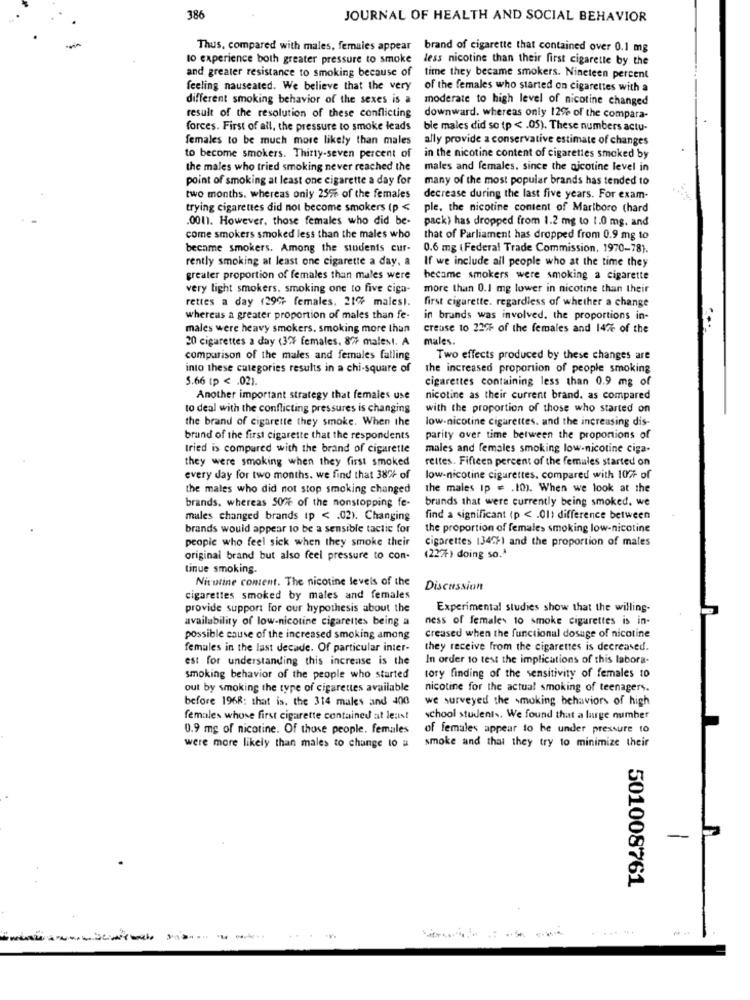
386
JOURNAL OF HEALTH AND SOCIAL BEHAVIOR
Thus, compared with males, females appear brand of cigarette that contained over 0.1 mg
to experience both greater pressure to smoke
less nicotine than their first cigarette by the
and greater resistance to smoking because of time they became smokers. Nineteen percent
feeling nauseated. We believe that the very
of the females who started on cigarettes with a
different smoking behavior of the sexes is a
moderate to high level of nicotine changed
result of the resolution of these conflicting
downward. whereas only 12% of the compara-
forces. First of all, the pressure to smoke leads
ble males did so (p < . 05). These numbers actu-
females to be much more likely than males
ally provide a conservative estimate of changes
to become smokers. Thirty-seven percent of
in the nicotine content of cigarettes smoked by
the males who tried smoking never reached the
males and females, since the ajcotine level in
point of smoking at least one cigarette a day for
many of the most popular brands has tended to
two months, whereas only 25% of the females
decrease during the last five years. For exam-
trying cigarettes did not become smokers (p <
ple, the nicotine content of Marlboro (hard
.001). However, those females who did be-
pack) has dropped from 1.2 mg to 1.0 mg. and
come smokers smoked less than the males who
that of Parliament has dropped from 0.9 mg to
became smokers. Among the students cur-
0.6 mg (Federal Trade Commission, 1970-78).
rently smoking at least one cigarette a day, a
If we include all people who at the time they
greater proportion of females than males were
became smokers were smoking a cigarette
very light smokers, smoking one to five ciga-
more than 0.1 mg lower in nicotine than their
rettes a day (29; females. 21% males).
first cigarette. regardless of whether a change
whereas a greater proportion of males than fe-
in brands was involved. the proportions in-
males were heavy smokers, smoking more than
creuse to 2375 of the females and 14% of the
20 cigarettes a day (32% females. 87 malesl. A
males.
comparison of the males and females falling
Two effects produced by these changes are
into these categories results in a chi-square of
the increased proportion of people smoking
5.66 (p < . 02).
cigarettes containing less than 0.9 mg of
Another important strategy that females use
nicotine as their current brand. as compared
to deal with the conflicting pressures is changing
with the proportion of those who started on
the brand of cigarette they smoke. When the
low-nicotine cigarettes. and the increasing dis-
brand of the first cigarette that the respondents
parity over time between the proportions of
tried is compared with the brand of cigarette
males and females smoking low-nicotine ciga-
they were smoking when they first smoked
rettes. Fifteen percent of the females started on
every day for two months. we find that 38% of
low-nicotine cigarettes, compared with 10 of
the males who did not stop smoking changed
the males ip = . 10). When we look at the
brands that were currently being smoked. we
brands. whereas 5076 of the nonstopping fe-
mules changed brands (p < . 02). Changing
find a significant (p < . 01) difference between
brands would appear to be a sensible tactic for
the proportion of females smoking low-nicotine
people who feel sick when they smoke their
cigarettes 1349%) and the proportion of males
original brand but also feel pressure to con-
(227%) doing so."
tinue smoking.
Nirutine content. The nicotine levels of the
Discussion
cigarettes smoked by males and females
provide support for our hypothesis about the
Experimental studies show that the willing-
availability of low-nicotine cigarettes being a
ness of females 10 smoke cigarettes is in-
possible cause of the increased smoking among
creased when the functional dosage of nicotine
females in the last decade. Of particular inter-
they receive from the cigarettes is decreased.
est for understanding this increase is the
In order to test the implications of this labora-
smoking behavior of the people who started
tory finding of the sensitivity of females to
out by smoking the type of cigarettes available
nicotine for the actual smoking of teenagers.
before 1968: that is, the 314 males and 400
we surveyed the smoking behaviors of high
females whose first cigarette contained at least
school students. We found that a large number
0.9 mg of nicotine. Of those people, females
of females appear to he under pressure to
were more likely than males to change to a
smoke and that they try to minimize their
--
501008761
--